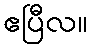
ဧပြီလ။